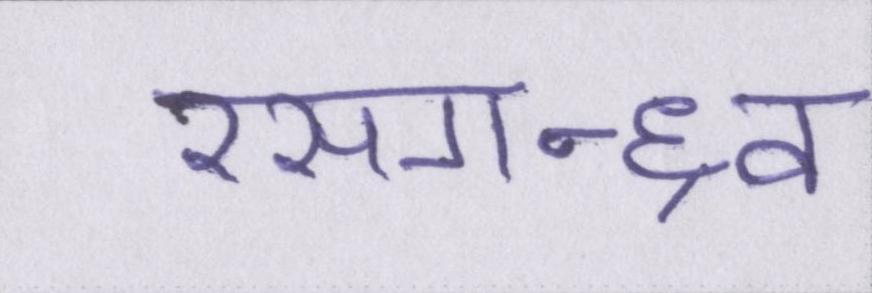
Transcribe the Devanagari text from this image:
रसगन्ध्र्व